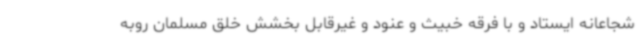
شجاعانه ایستاد و با فرقه خبیث و عنود و غیرقابل بخشش خلق مسلمان روبه